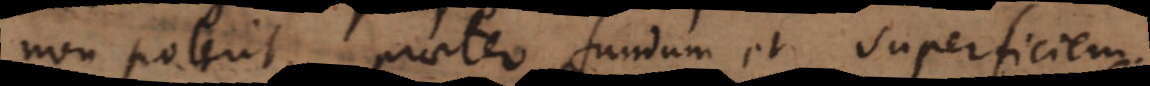
non poterit; praeter fundum et superficiem.